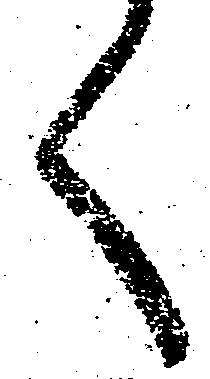
く